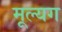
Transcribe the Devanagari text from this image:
मूल्यग